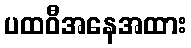
ပထဝီအနေအထား